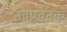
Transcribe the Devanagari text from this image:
नवप्रर्वतक